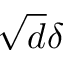
\sqrt { d } \delta